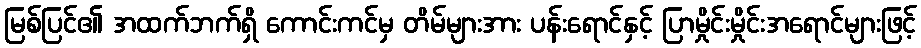
မြစ်ပြင်၏ အထက်ဘက်ရှိ ကောင်းကင်မှ တိမ်များအား ပန်းရောင်နှင့် ပြာမှိုင်းမှိုင်းအရောင်များဖြင့်